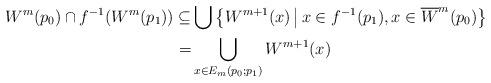
LaTeX: \begin{align*}W^m(p_0) \cap f^{-1}(W^m(p_1)) \subseteq & \bigcup \big\{ W^{m+1}(x) \,\big|\, x\in f^{-1}(p_1),x\in\overline{W}^m(p_0) \big\} \\ = & \bigcup\limits_{x\in E_m(p_0;p_1)} W^{m+1}(x)\end{align*}